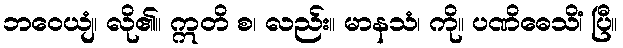
ဘဝေယျံ၊ လို၏။ ဣတိ စ၊ လည်း။ မာနသံ၊ ကို။ ပဏိဓေသိံ၊ ပြီ။